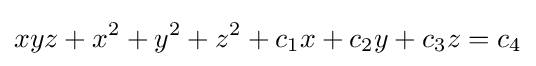
xyz+x^{2}+y^{2}+z^{2}+c_{1}x+c_{2}y+c_{3}z=c_{4}